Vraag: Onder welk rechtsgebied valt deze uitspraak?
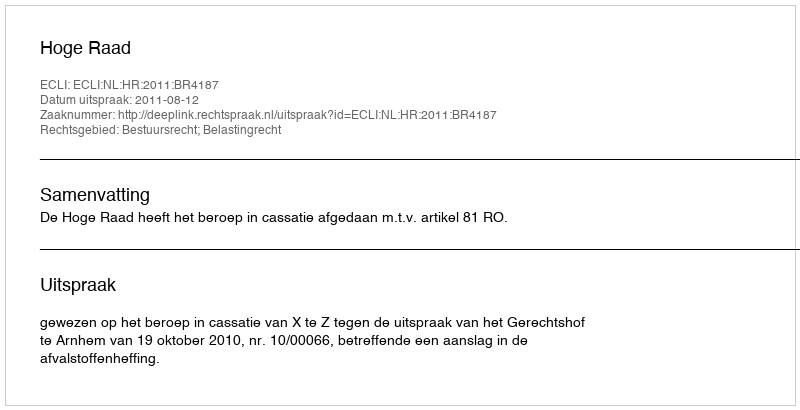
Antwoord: Bestuursrecht; Belastingrecht